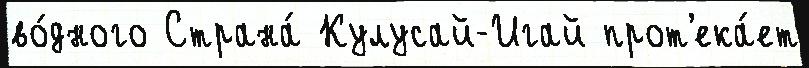
во́дного Страна́ Кулусай-Игай прот'ека́ет